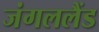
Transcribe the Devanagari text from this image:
जंगललैंड